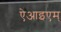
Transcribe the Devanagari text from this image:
ऐआइएम्